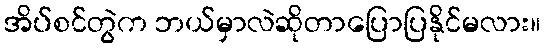
အိပ်စင်တွဲက ဘယ်မှာလဲဆိုတာပြောပြနိုင်မလား။